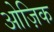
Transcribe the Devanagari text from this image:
ओज़िक